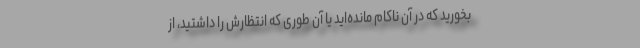
بخورید که در آن ناکام مانده‌اید یا آن طوری که انتظارش را داشتید، از